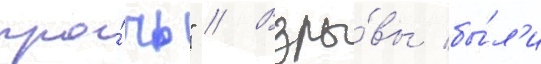
про́чь" // Взры́вы бы́л'и